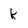
Character: k